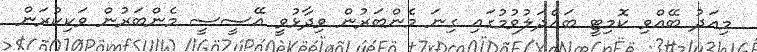
މިއަދު ބޭއްވި ކޮމިޓީ ބައްދަލުވުމުގައި ގިނަ މެންބަރުން ވިދާޅުވީ އޭސީސީ މެންބަރުން ވަކިކުރަން